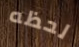
لحظه